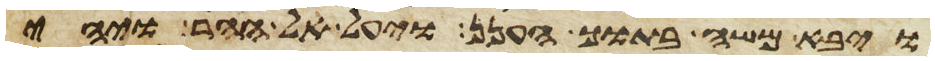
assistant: ויבא משה בתוך הענן ויעל אל ההר ויהי